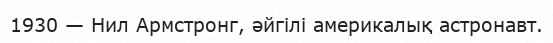
1930 — Нил Армстронг, әйгілі америкалық астронавт.